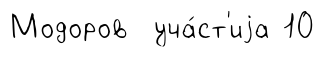
Модоров уча́ст'иjа 10